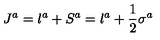
J ^ { a } = l ^ { a } + S ^ { a } = l ^ { a } + { \frac { 1 } { 2 } } \sigma ^ { a }